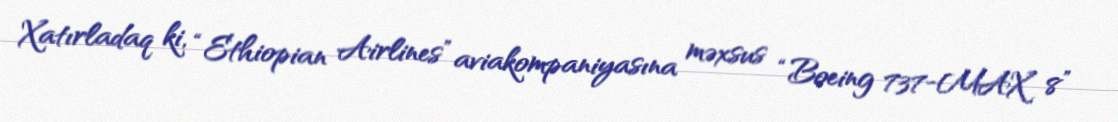
Xatırladaq ki, “Ethiopian Airlines” aviakompaniyasına məxsus “Boeing 737-MAX 8”